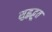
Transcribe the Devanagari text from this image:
सुहृद्भूत